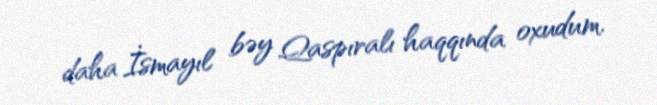
daha İsmayıl bəy Qaspıralı haqqında oxudum.